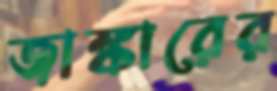
জাঙ্কারের